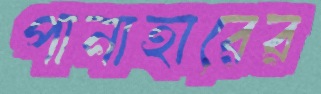
পানাহারের